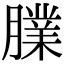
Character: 𦡧